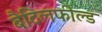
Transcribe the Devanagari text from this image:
बैटिलफील्ड